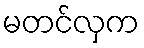
မတင်လှက